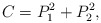
\begin{align*}C=P_1^2+P_2^2,\end{align*}